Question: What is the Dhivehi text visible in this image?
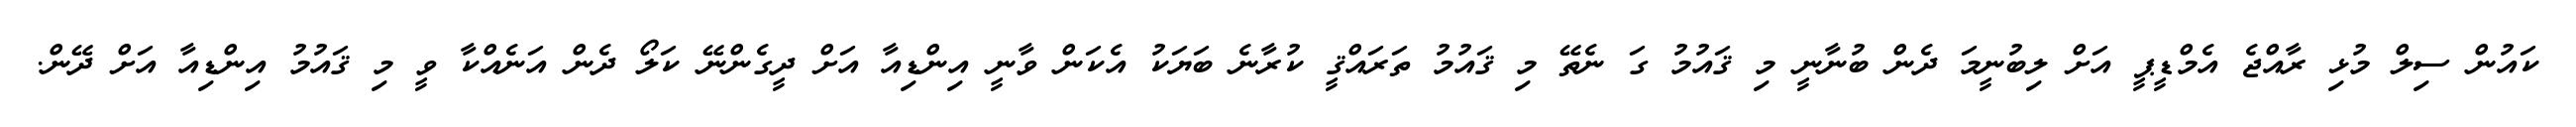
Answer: ކައުން ސިލް މުޅި ރާއްޖެ އެމްޑީޕީ އަށް ލިބުނީމަ ދެން ބުނާނީ މި ޤައުމު ގަ ނެތޭ މި ޤައުމު ތަރައްޤީ ކުރާނެ ބަޔަކު އެކަން ވާނީ އިންޑިއާ އަށް ދީގެންނޭ ކަލޯ ދެން އަނެއްކާ ވީ މި ޤައުމު އިންޑިއާ އަށް ދޭން.